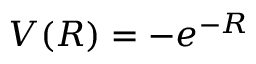
V ( R ) = - e ^ { - R }